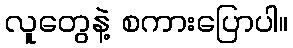
လူတွေနဲ့ စကားပြောပါ။